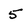
Character: 5